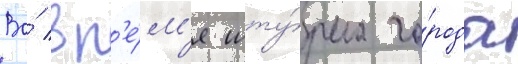
Во́ вр'е́м'я шту́рма го́рода